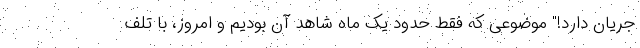
جریان دارد!" موضوعی که فقط حدود یک ماه شاهد آن بودیم و امروز، با تلف